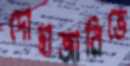
দোহাজারিতে